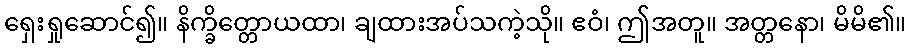
ရှေးရှုဆောင်၍။ နိက္ခိတ္တောယထာ၊ ချထားအပ်သကဲ့သို။ ဧဝံ၊ ဤအတူ။ အတ္တနော၊ မိမိ၏။